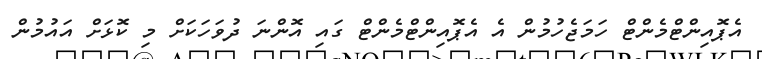
އެޕޮއިންޓްމެންޓް ހަމަޖެހުމުން އެ އެޕޮއިންޓްމެންޓް ގައި އޮންނަ ދުވަހަކަށް މި ކޮޅަށް އައުމުން